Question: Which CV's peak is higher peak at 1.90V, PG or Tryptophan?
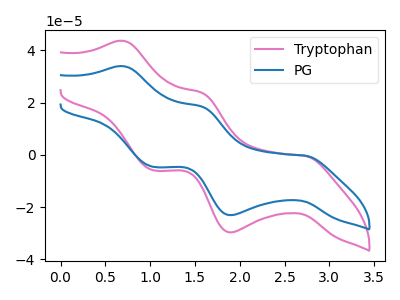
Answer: <think>The pink curve "Tryptophan" has anodic peaks at (0.70V, 43.70uA) (1.60V, 23.80uA) and cathodic peaks at (2.75V, -0.40uA) (1.90V, -29.75uA) (1.05V, -5.90uA). The blue curve "PG" has anodic peaks at (0.70V, 34.00uA) (1.60V, 18.50uA) and cathodic peaks at (2.75V, -0.30uA) (1.90V, -23.10uA) (1.05V, -4.60uA).</think>
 <answer>The peak at 1.90V is lower in "PG" than in "Tryptophan".</answer>
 <eval>lower</eval>